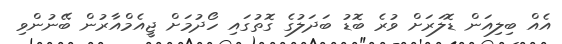
އެއް ބިލިއަން ޑޮލަރަށް ވުރެ ބޮޑު ބަދަލުގެ ގޮތުގައި ހޯދުމަށް ޖީއެމްއާރުން ބޭނުންވި